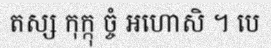
តស្ស កុក្កុ ច្ចំ អហោសិ ។ បេ